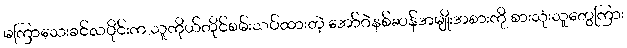
မကြာသေးခင်လပိုင်းက သူကိုယ်တိုင်စမ်းသပ်ထားတဲ့ အော်ဂဲနစ်ဆန်အမျိုးအစားကို စားသုံးသူတွေကြား